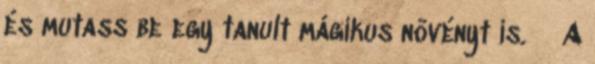
és mutass be egy tanult mágikus növényt is. A